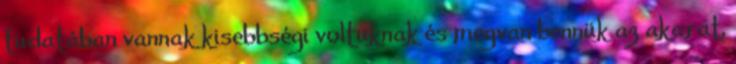
tudatában vannak kisebbségi voltuknak és megvan bennük az akarat,